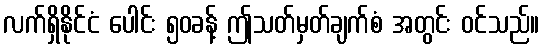
လက်ရှိနိုင်ငံ ပေါင်း ၅၀ခန့် ဤသတ်မှတ်ချက်စံ အတွင်း ဝင်သည်။